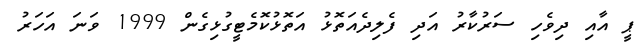
ޕީ އާއި ދިވެހި ސަރުކާރު އަދި ފެލިދެއަތޮޅު އަތޮޅުކޮމެޓީގުޅިގެން 1999 ވަނަ އަހަރު